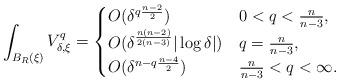
LaTeX: \begin{align*}\int_{B_R(\xi)} V_{\delta,\xi}^q=\begin{cases}O(\delta^{q\frac{n-2}{2}}) & 0<q<\frac{n}{n-3},\\O(\delta^\frac{n(n-2)}{2(n-3)}|\log \delta|) & q=\frac{n}{n-3},\\O(\delta^{n-q\frac{n-4}{2}}) & \frac{n}{n-3}<q<\infty.\end{cases}\end{align*}